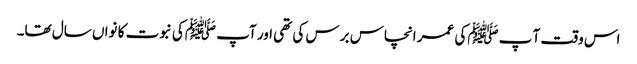
اس وقت آ پ ﷺکی عمر انچاس برس کی تھی اور آپ ﷺکی نبوت کا نواں سال تھا۔